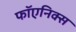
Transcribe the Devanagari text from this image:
फॉएनिक्स